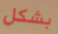
بشكل